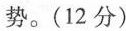
势。(12分)